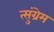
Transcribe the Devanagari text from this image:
त्सुंग्रेम